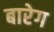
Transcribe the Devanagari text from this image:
बारेग